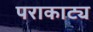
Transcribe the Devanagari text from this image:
पराकाट्य